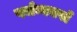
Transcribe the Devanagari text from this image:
पर्जन्यवर्षा